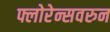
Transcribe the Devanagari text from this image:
फ्लोरेन्सवरुन